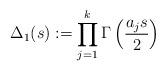
LaTeX: \begin{align*}\Delta_1(s):=\prod_{j=1}^{k}\Gamma\left(\frac{a_j s}{2}\right) \end{align*}